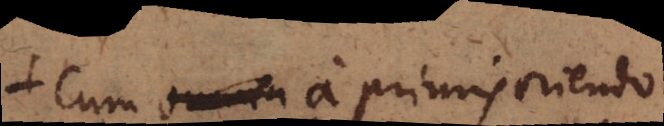
+ Cum _ a primis oriendo